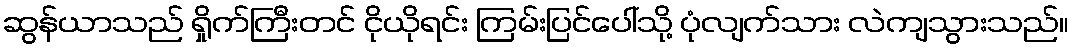
ဆွန်ယာသည် ရှိုက်ကြီးတင် ငိုယိုရင်း ကြမ်းပြင်ပေါ်သို့ ပုံလျက်သား လဲကျသွားသည်။